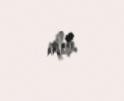
alıb.